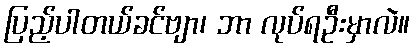
ပြည့်ပါတယ်ခင်ဗျာ၊ ဘာ လုပ်ရဦးမှာလဲ။